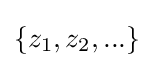
\{z_{1},z_{2},...\}